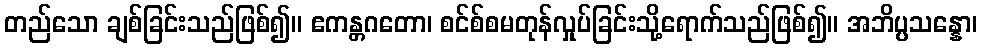
တည်သော ချစ်ခြင်းသည်ဖြစ်၍။ ဧကန္တဂတော၊ စင်စ်စမတုန်လှုပ်ခြင်းသို့ရောက်သည်ဖြစ်၍။ အဘိပ္ပသန္နော၊